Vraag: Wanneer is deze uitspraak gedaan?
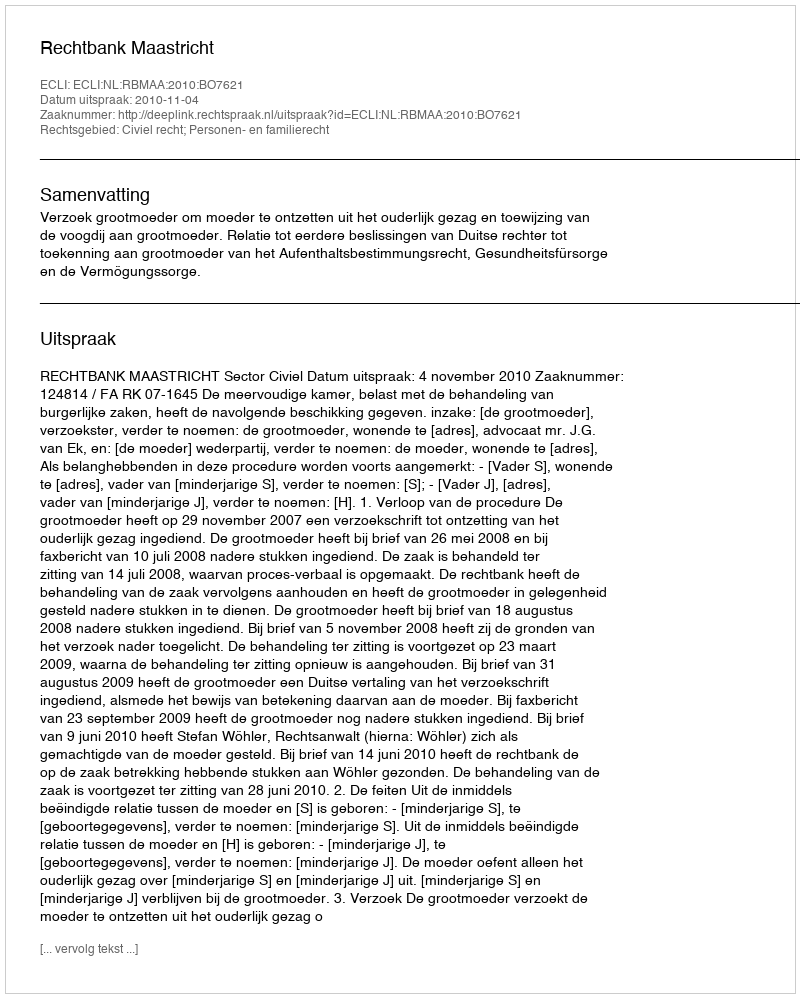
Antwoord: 2010-11-04